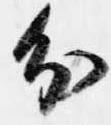
分